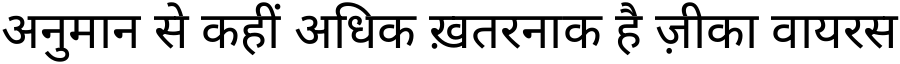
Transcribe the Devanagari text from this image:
अनुमान से कहीं अधिक ख़तरनाक है ज़ीका वायरस